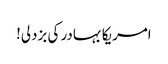
امریکا بہادر کی بزدلی!